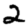
Digit: 2